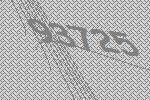
93725